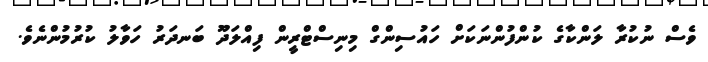
ވެސް ނުކުރާ ލަންކާގެ ކުންފުންނަކަށް ހައުސިންގް މިނިސްޓްރީން ފިއްލަދޫ ބަނދަރު ހަވާލު ކުރުމުންނެވެ.